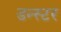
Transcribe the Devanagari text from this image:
डन्स्टर